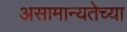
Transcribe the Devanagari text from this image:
असामान्यतेच्या